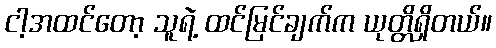
ငါ့အထင်တော့ သူရဲ့ ထင်မြင်ချက်က ယုတ္တိရှိတယ်။